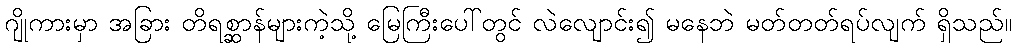
ဂျိုကားမှာ အခြား တိရစ္ဆာန်များကဲ့သို့ မြေကြီးပေါ်တွင် လဲလျောင်း၍ မနေဘဲ မတ်တတ်ရပ်လျက် ရှိသည်။